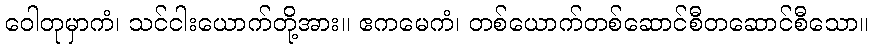
ဝေါတုမှာကံ၊ သင်ငါးယောက်တို့အား။ ဧကမေကံ၊ တစ်ယောက်တစ်ဆောင်စီတဆောင်စီသော။